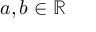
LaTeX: a , b \in \mathbb { R }